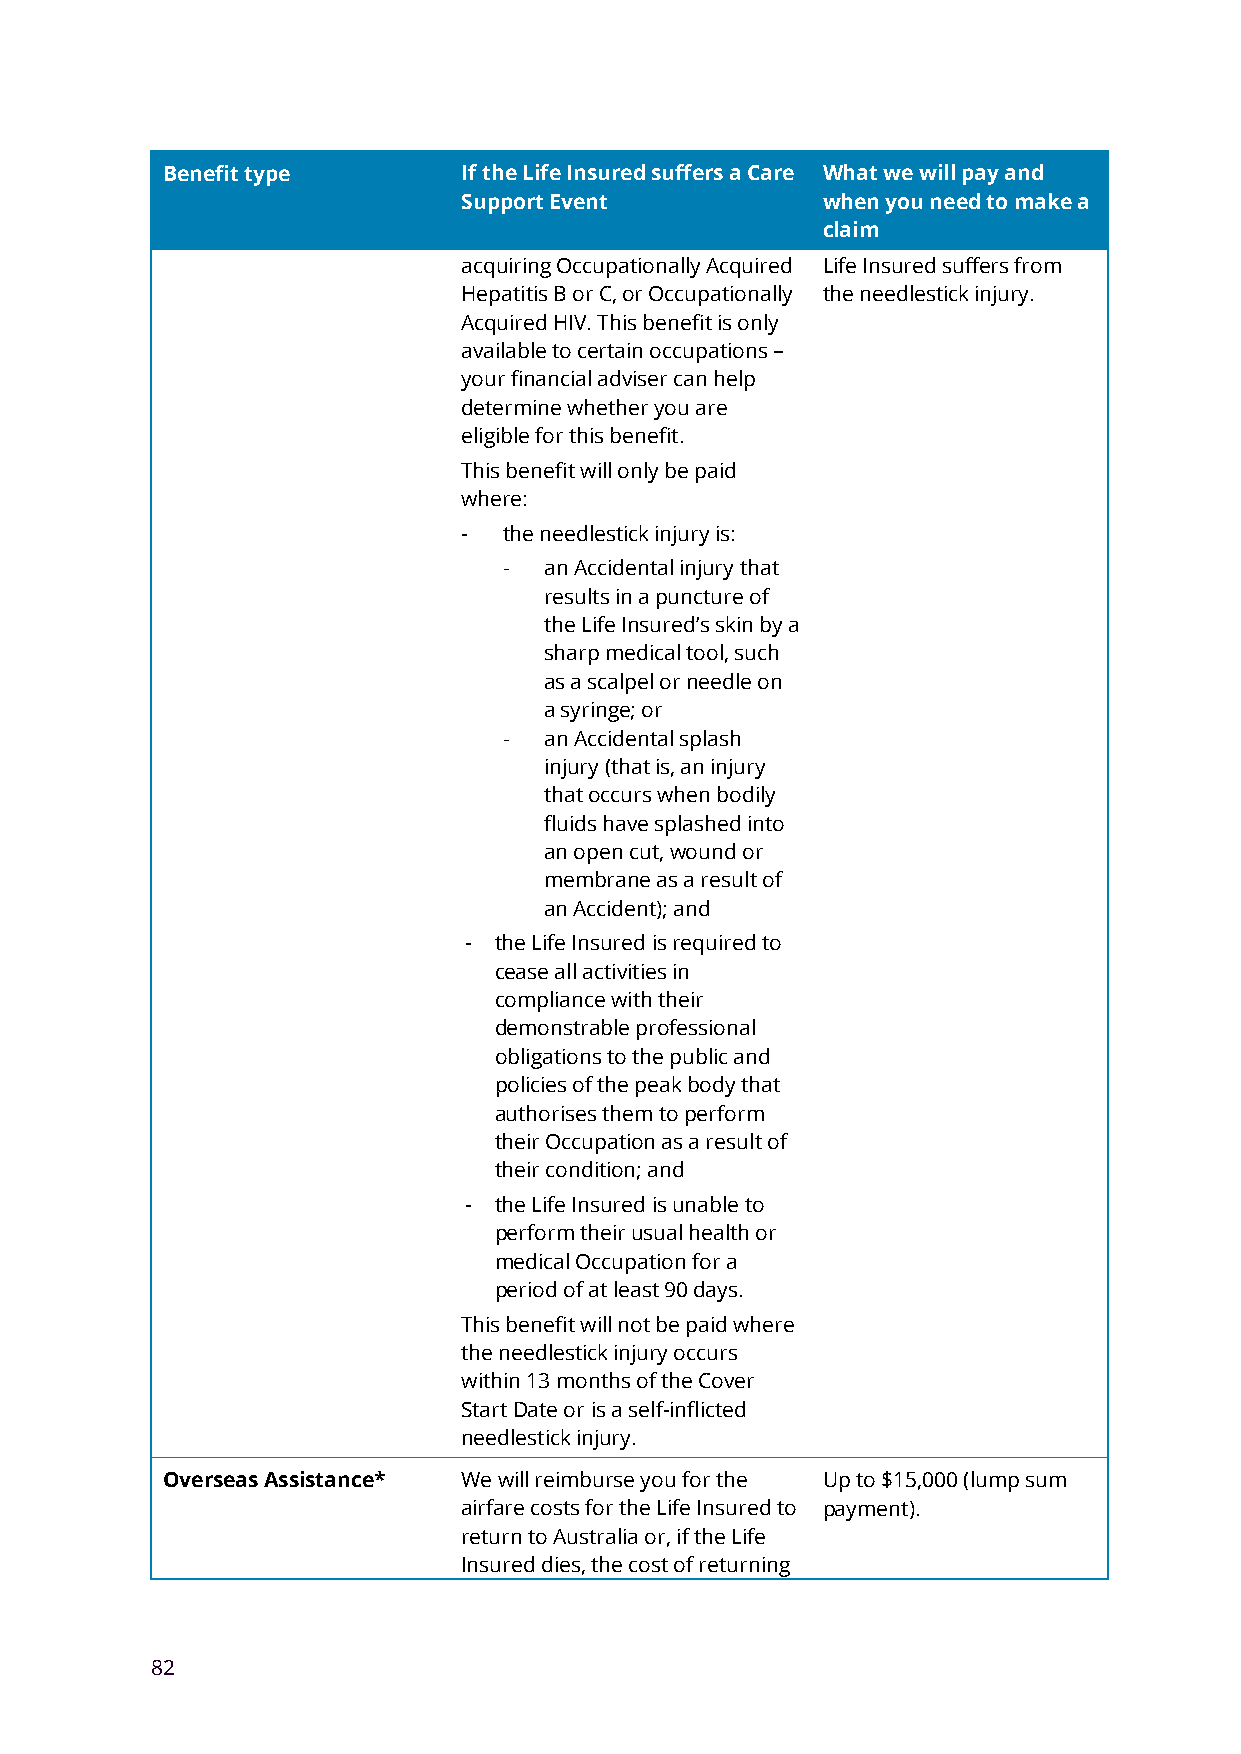
Benefit type        If the Life Insured suffers a Care What we will pay and
 Support Event          when you need to make a
 claim
 acquiring Occupationally Acquired Life Insured suffers from
 Hepatitis B or C, or Occupationally the needlestick injury.
 Acquired HIV. This benefit is only
 available to certain occupations –
 your financial adviser can help
 determine whether you are
 eligible for this benefit.
 This benefit will only be paid
 where:
 - the needlestick injury is:
 -  an Accidental injury that
 results in a puncture of
 the Life Insured’s skin by a
 sharp medical tool, such
 as a scalpel or needle on
 a syringe; or
 -  an Accidental splash
 injury (that is, an injury
 that occurs when bodily
 fluids have splashed into
 an open cut, wound or
 membrane as a result of
 an Accident); and
 - the Life Insured is required to
 cease all activities in
 compliance with their
 demonstrable professional
 obligations to the public and
 policies of the peak body that
 authorises them to perform
 their Occupation as a result of
 their condition; and
 - the Life Insured is unable to
 perform their usual health or
 medical Occupation for a
 period of at least 90 days.
 This benefit will not be paid where
 the needlestick injury occurs
 within 13 months of the Cover
 Start Date or is a self-inflicted
 needlestick injury.
 Overseas Assistance* We will reimburse you for the Up to $15,000 (lump sum
 airfare costs for the Life Insured to payment).
 return to Australia or, if the Life
 Insured dies, the cost of returning
 82